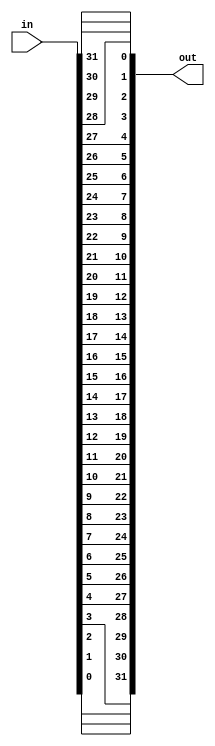
module bitreverse(in,out);

    parameter MAXBITS=32;

    input [MAXBITS-1:0] in;
    output reg [MAXBITS-1:0] out;

    
    reg a[MAXBITS-1:0];

    always @(in)
    begin

        out=rev(in);
    


    end
    
    function [MAXBITS:0] rev(input [MAXBITS:0] in);
        
            integer i;
            for (i=0; i<MAXBITS; i=i+1)
                begin
                    rev[i]=in[MAXBITS-1-i];
                end
    
    endfunction

endmodule